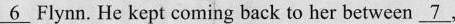
\underline{6} Flynn. He kept coming back to her between \underline{7}，